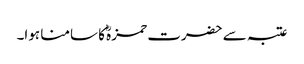
عتبہ سے حضرت حمزہؓ کا سامنا ہوا۔